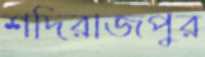
শদিরাজপুর